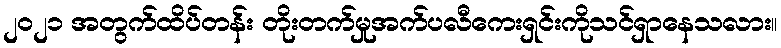
၂၀၂၁ အတွက်ထိပ်တန်း တိုးတက်မှုအက်ပလီကေးရှင်းကိုသင်ရှာနေသလား။